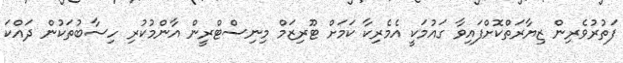
ފަތުރުވެރިން ޒިޔާރަތްކޮށްފައިވާ ގައުމަކީ އެމެރިކާ ކަމަށް ޓޫރިޒަމް މިނިސްޓްރީން އާންމުކުރި ހިސާބުތަކުން ދައްކަ